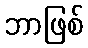
ဘာဖြစ်